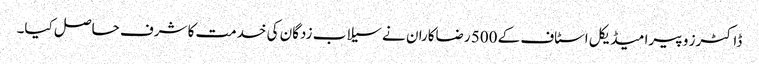
ڈاکٹرز و پیرا میڈیکل اسٹاف کے 500 رضاکاران نے سیلاب زدگان کی خدمت کا شرف حاصل کیا۔